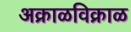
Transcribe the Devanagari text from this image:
अक्राळविक्राळ